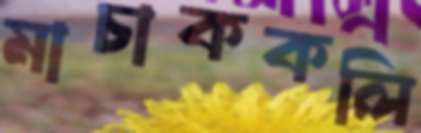
মাচাককলি